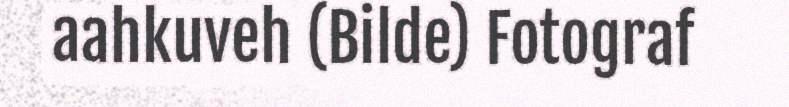
aahkuveh (Bilde) Fotograf